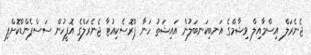
ޖެނެރަލް އިސްމާއިލް ވިޝާމްގެ އަނބިކަނބަލުން އައިޝަތު ހަނާ ޕްރޮސެކިއުޓާ ޖެނެރަލްގެ އޮފީހުން ސަސްޕެންޑްކޮށްފި